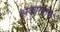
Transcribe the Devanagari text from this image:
अकारांतक